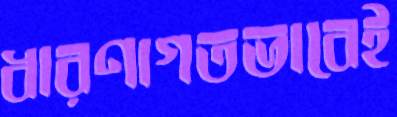
ধারণাগতভাবেই